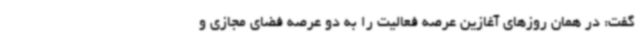
گفت: در همان روزهای آغازین عرصه فعالیت را به دو عرصه فضای مجازی و